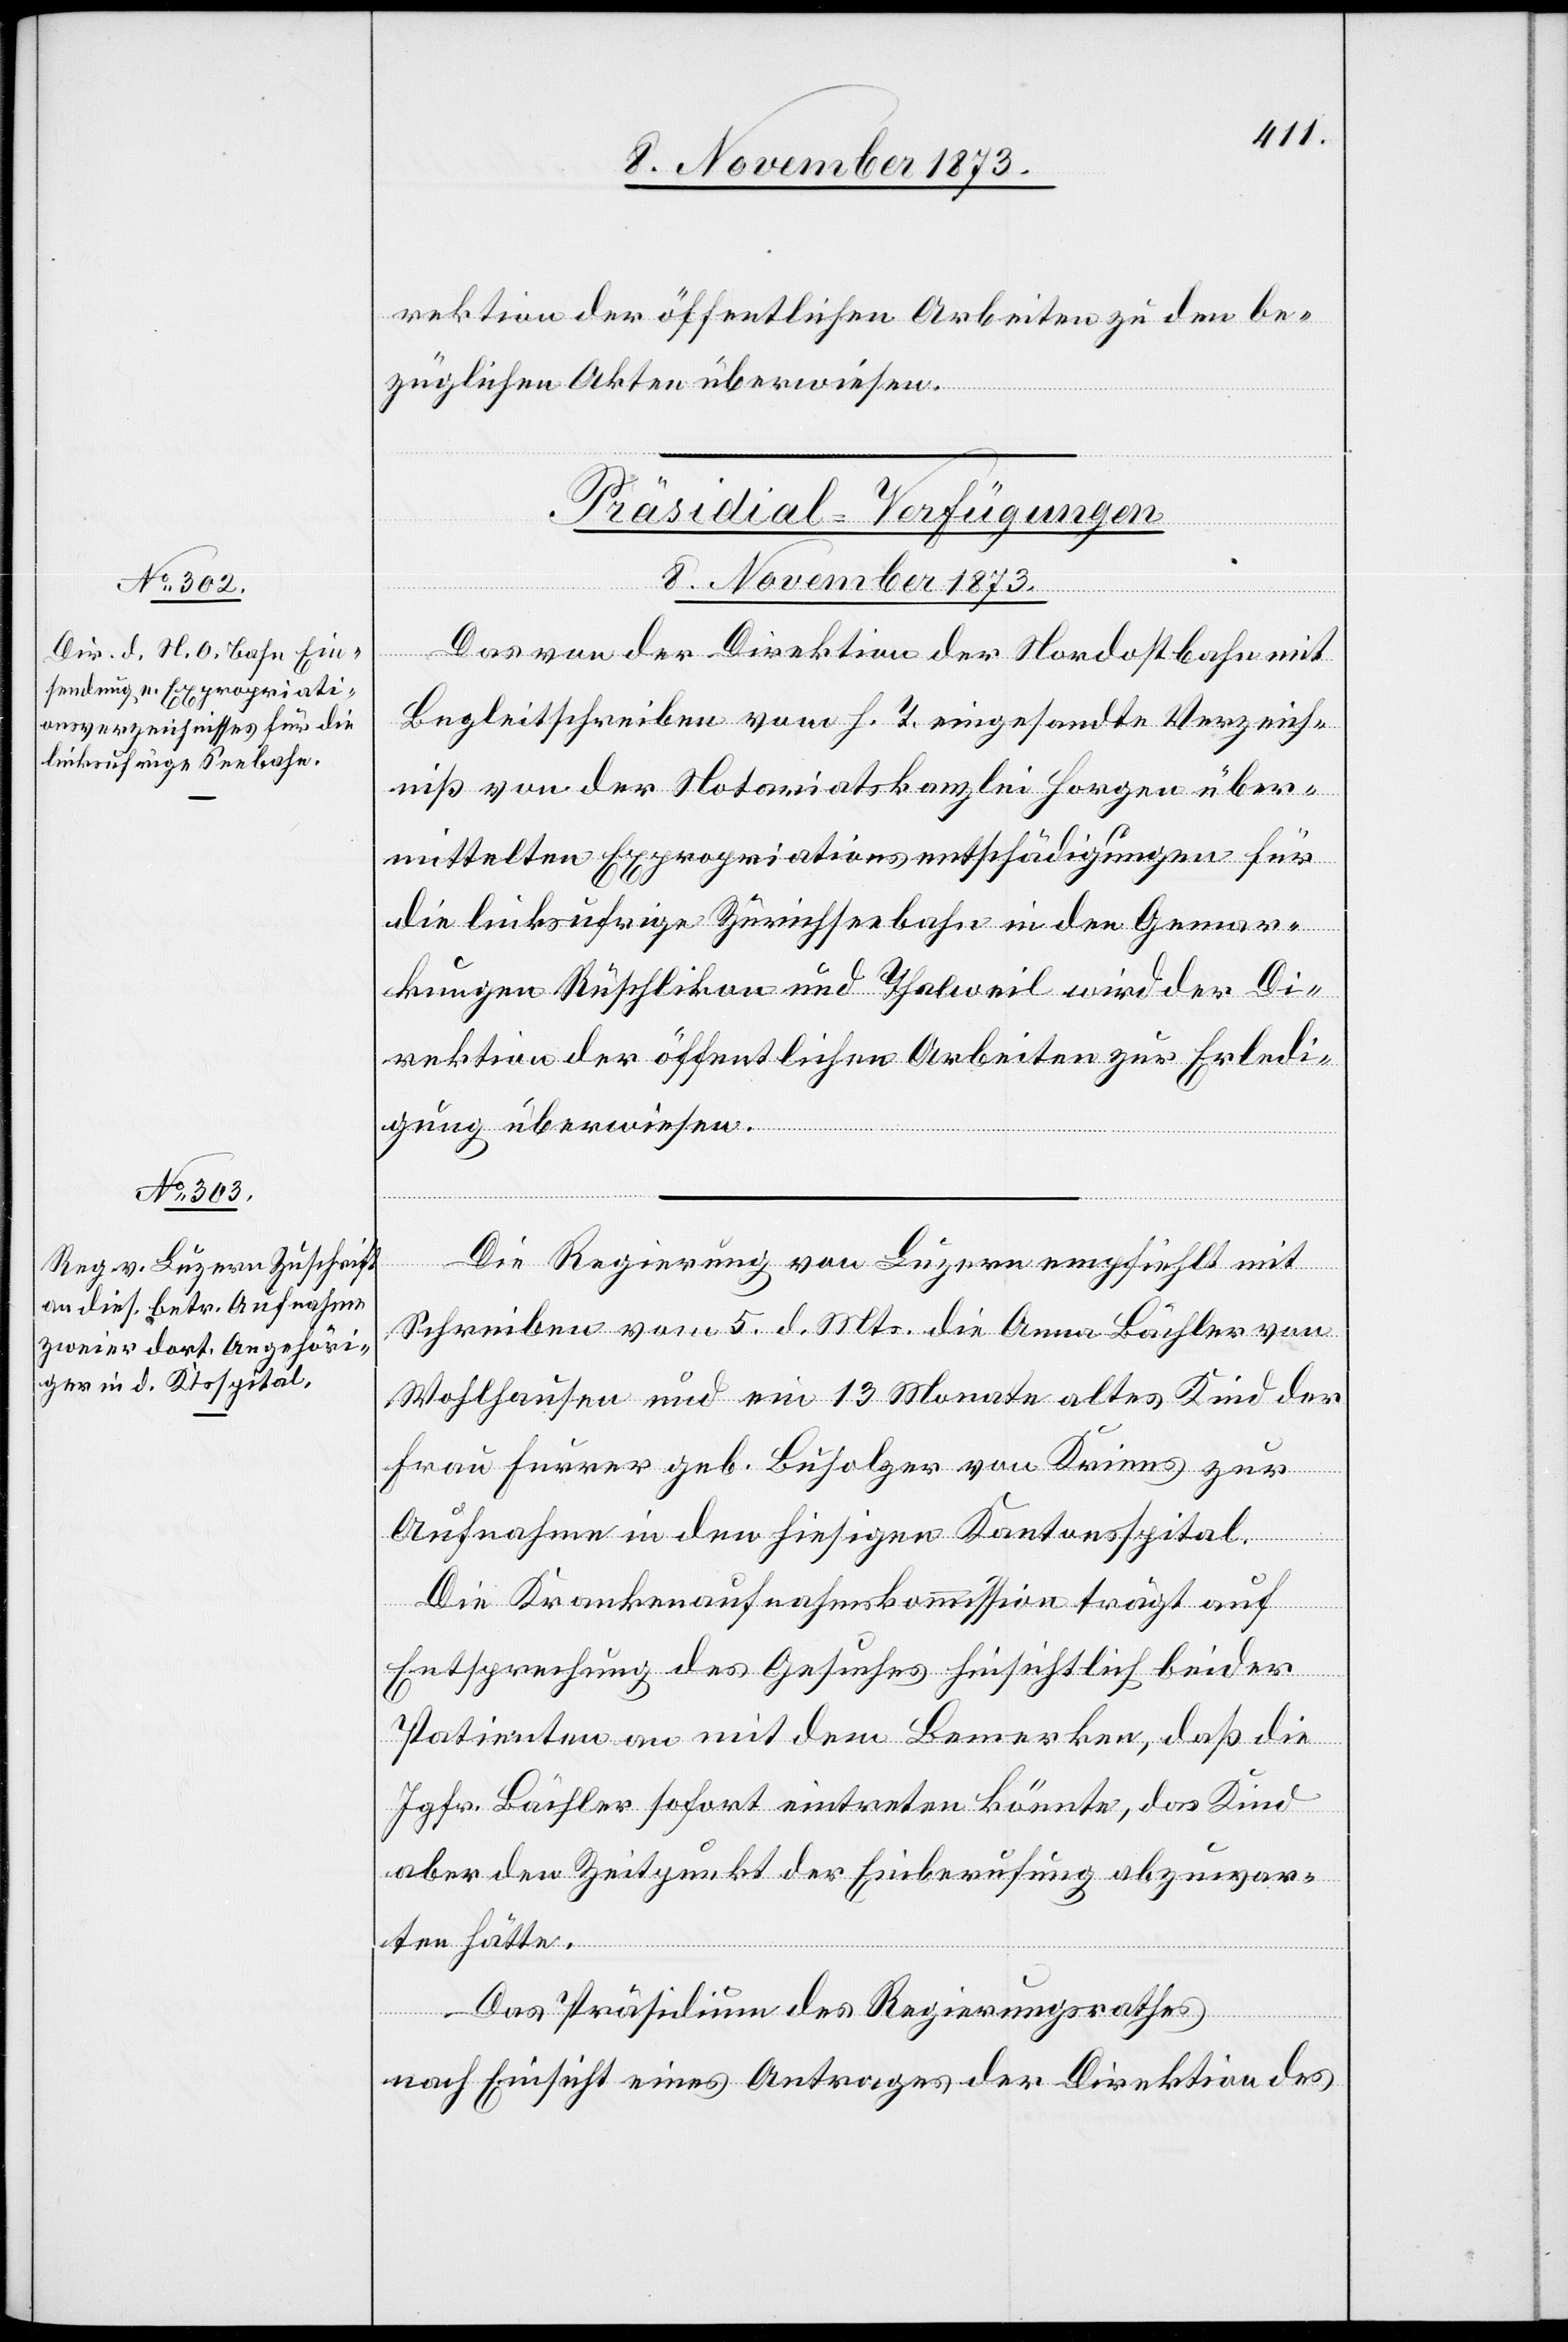
rektion der öffentlichen Arbeiten zu den be¬
züglichen Akten überwiesen.
[Präsidial-Verfügungen
8. November 1873.]
Das von der Direktion der Nordostbahn mit
Begleitschreiben vom h. T. eingesandte Verzeich¬
niß von der Notariatskanzlei Horgen über¬
mittelten Expropriationsentschädigungen für
die linksufrige Zürichseebahn in den Gemar¬
kungen Rüschlikon und Thalweil wird der Di¬
rektion der öffentlichen Arbeiten zur Erledi¬
gung überwiesen.
Die Regierung von Luzern empfiehlt mit
Schreiben vom 5. d. Mts. die Anna Bächler von
Wohlhausen und ein 13 Monate altes Kind der
Frau Furrer geb. Buholzer von Kriens zur
Aufnahme in den hiesigen Kantonsspital.
Die Krankenaufnahmskommission trägt auf
Entsprechung des Gesuches hinsichtlich beider
Patienten an mit dem Bemerken, daß die
Jgfr. Bächler sofort eintreten könnte, das Kind
aber den Zeitpunkt der Einberufung abzuwar¬
ten hätte.
Das Präsidium des Regierungsrathes
nach Einsicht eines Antrages der Direktion des